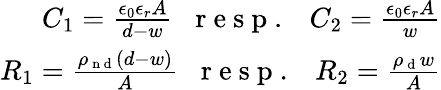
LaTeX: \begin{array}{r}{C_{1}=\frac{\epsilon_{0}\epsilon_{r}A}{d-w}\; \; \mathrm{~r~e~s~p~.~}\; \; C_{2}=\frac{\epsilon_{0}\epsilon_{r}A}{w}}\\ {R_{1}=\frac{\rho_{\mathrm{~n~d~}}(d-w)}{A}\; \; \mathrm{~r~e~s~p~.~}\; \; R_{2}=\frac{\rho_{\mathrm{~d~}}w}{A}}\end{array}